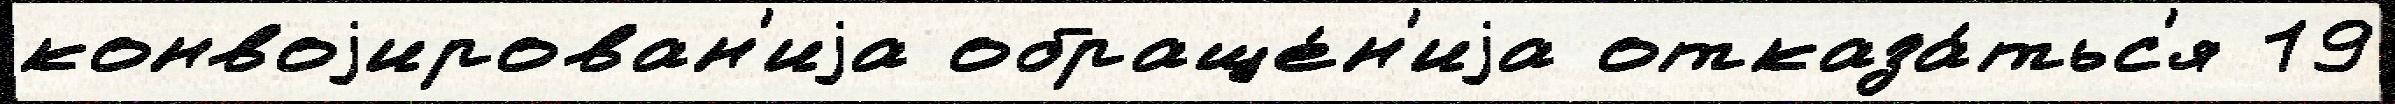
конвоjирован'иjа обраще́н'иjа отказа́тьс'я 19